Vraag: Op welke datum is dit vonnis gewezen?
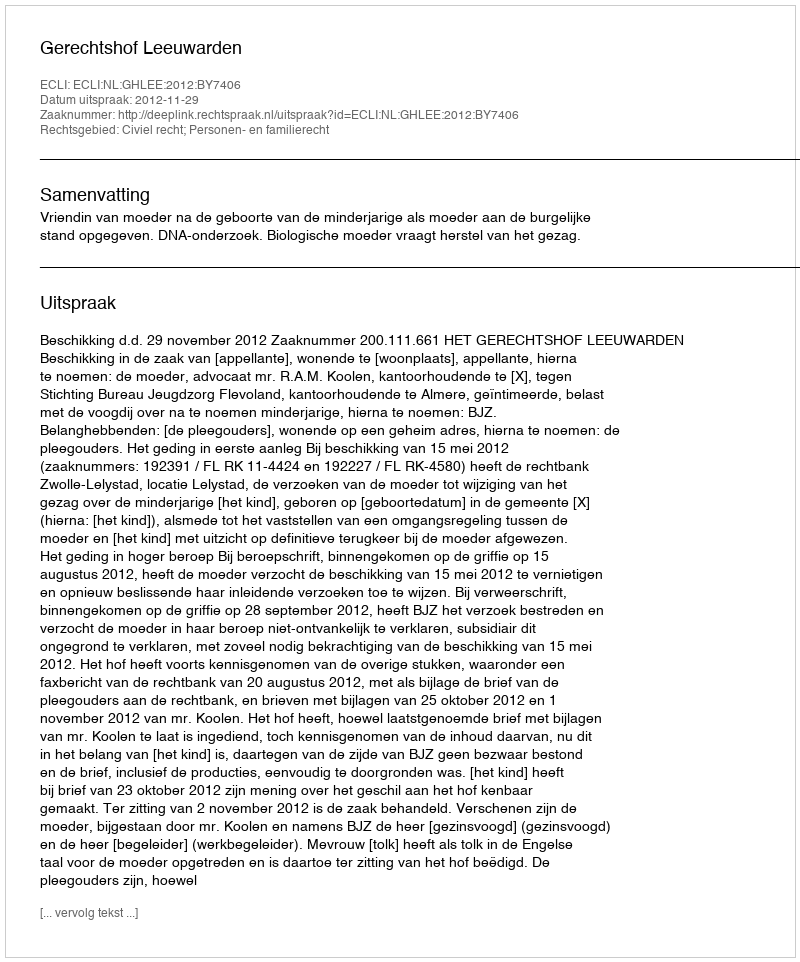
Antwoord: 2012-11-29